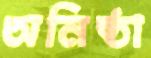
অনিষ্ঠা